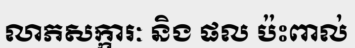
លាភសក្ការៈ និង ផល ប៉ះពាល់